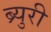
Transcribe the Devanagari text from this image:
ब्र्युरी